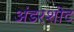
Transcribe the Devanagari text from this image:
अंडरशोट